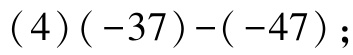
\((4)(-37)-(-47)\);